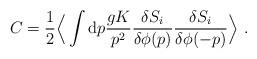
LaTeX: \begin{align*}C={1\over 2} \Big\langle\int {\rm d}p{gK\over p^2}{{\delta S_{i}}\over\delta\phi(p)}{{\delta S_{i}}\over\delta\phi(-p)}\Big\rangle\ .\end{align*}